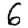
Digit: 6